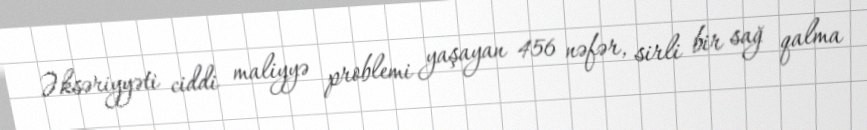
Əksəriyyəti ciddi maliyyə problemi yaşayan 456 nəfər, sirli bir sağ qalma